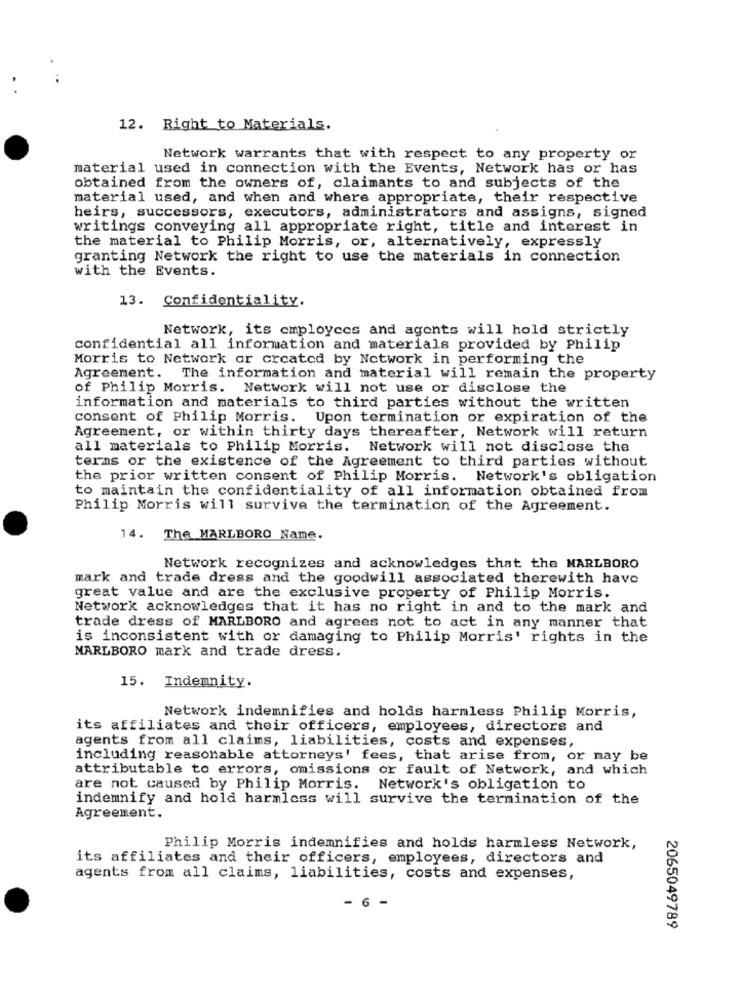
12. Right to Materials.
Network warrants that with respect to any property or
material used in connection with the Events, Network has or has
obtained from the owners of, claimants to and subjects of the
material used, and when and where appropriate, their respective
heirs, successors, executors, administrators and assigns, signed
writings conveying all appropriate right, title and interest in
the material to Philip Morris, or, alternatively, expressly
granting Network the right to use the materials in connection
with the Events.
13. Confidentiality.
Network, its employees and agents will hold strictly
confidential all information and materials provided by Philip
Morris to Network or created by Network in performing the
Agreement. The information and material will remain the property
of Philip Morris. Network will not use or disclose the
information and materials to third parties without the written
consent of Philip Morris. Upon termination or expiration of the
Agreement, or within thirty days thereafter, Network will return
all materials to Philip Morris.
Network will not disclose the
terms or the existence of the Agreement to third parties without
the prior written consent of Philip Morris. Network's obligation
to maintain the confidentiality of all information obtained from
Philip Morris will survive the termination of the Agreement.
14. The MARLBORO Name.
Network recognizes and acknowledges that the MARLBORO
mark and trade dress and the goodwill associated therewith have
great value and are the exclusive property of Philip Morris.
Network acknowledges that it has no right in and to the mark and
trade dress of MARLBORO and agrees not to act in any manner that
is inconsistent with or damaging to Philip Morris' rights in the
MARLBORO mark and trade dress.
15. Indemnity.
Network indemnifies and holds harmless Philip Morris,
its affiliates and their officers, employees, directors and
agents from all claims, liabilities, costs and expenses,
including reasonable attorneys' fees, that arise from, or may be
attributable to errors, omissions or fault of Network, and which
are not caused by Philip Morris. Network's obligation to
indemnify and hold harmless will survive the termination of the
Agreement.
Philip Morris indemnifies and holds harmless Network,
its affiliates and their officers, employees, directors and
agents from all claims, liabilities, costs and expenses,
- 6 -
2065049789